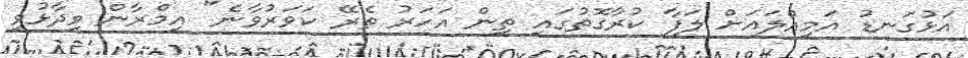
އަޅުގަނޑު އަމިއްލައަށް ލަފާ ކުރާގޮތުގައި ތިން އަހަރު ތެރޭ ކަވަރުވާނެ" އިމްރާން ވިދާޅުވި